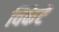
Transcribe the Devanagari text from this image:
विकेटें